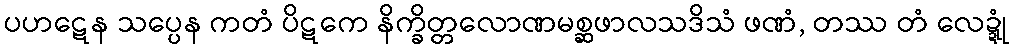
ပဟဋေန သပ္ပေန ကတံ ပိဋကေ နိက္ခိတ္တလောဏမစ္ဆဖာလသဒိသံ ဖဏံ, တဿ တံ လေဍ္ဍုံ